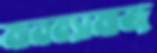
মানবসমাজ